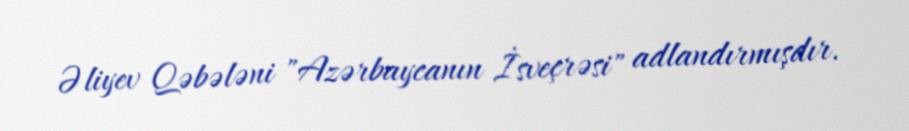
Əliyev Qəbələni "Azərbaycanın İsveçrəsi" adlandırmışdır.